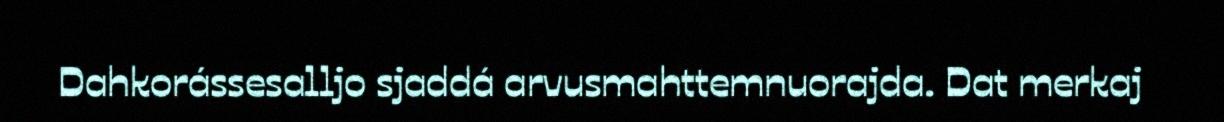
Dahkorássesalljo sjaddá arvusmahttemnuorajda. Dat merkaj